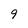
Character: 9